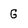
Character: G